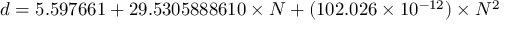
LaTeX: d = 5 . 5 9 7 6 6 1 + 2 9 . 5 3 0 5 8 8 8 6 1 0 \times N + ( 1 0 2 . 0 2 6 \times 1 0 ^ { - 1 2 } ) \times N ^ { 2 }